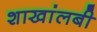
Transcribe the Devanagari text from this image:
शाखांलबी